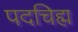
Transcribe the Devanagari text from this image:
पदचिह्म